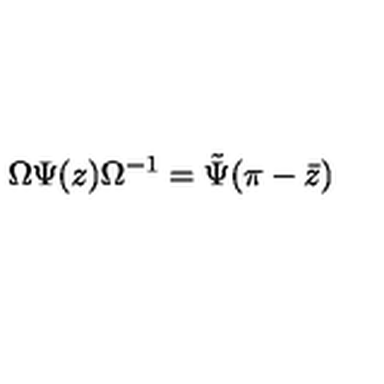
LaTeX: \Omega \Psi ( z ) \Omega ^ { - 1 } = \tilde { \Psi } ( \pi - \bar { z } )